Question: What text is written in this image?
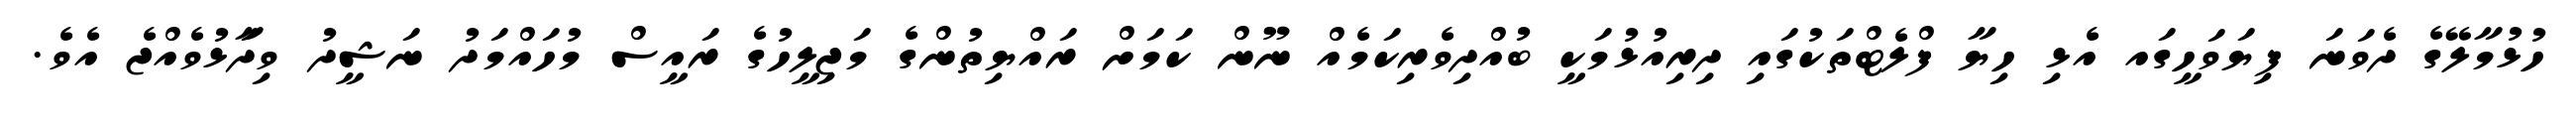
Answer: ހުޅުމާލޭގެ ދެވަނަ ފިޔަވަހީގައ އެޅި ހިޔާ ފްލެޓްތަކުގައި ދިރިއުޅުމަކީ ބުއްދިވެރިކަމެއް ނޫން ކަމަށް ރައްޔިތުންގެ މަޖިލީހުގެ ރައީސް މުހައްމަދު ނަޝީދު ވިދާަޅުވެއްޖެ އެވެ.